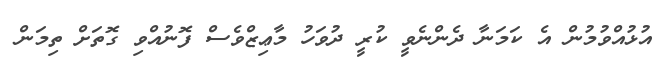
އުޅުއްވުމުން އެ ކަމަނާ ދެންނެވީ ކުރީ ދުވަހު މާޢިޒްވެސް ފޮނުއްވި ގޮތަށް ތިމަން